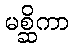
မစ္ဆိကာ